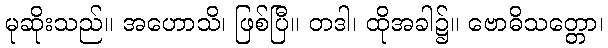
မုဆိုးသည်။ အဟောသိ၊ ဖြစ်ပြီ။ တဒါ၊ ထိုအခါ၌။ ဗောဓိသတ္တော၊